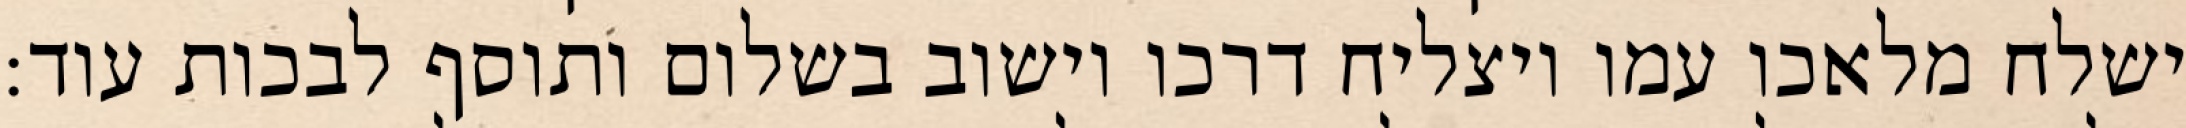
ישלח מלאכו עמו ויצליח דרכו וישוב בשלום ותוסף לבכות עוד: